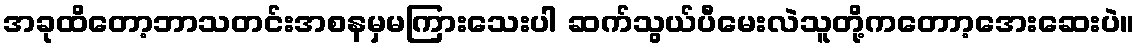
အခုထိတော့ဘာသတင်းအစနမှမကြားသေးပါ ဆက်သွယ်ပီမေးလဲသူတို့ကတောာ့အေးဆေးပဲ။